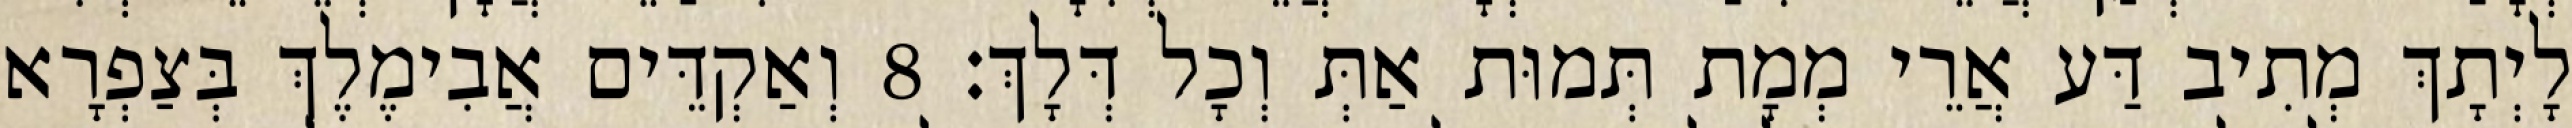
לָיְתָךְ מְתִיב דַּע אֲרֵי מְמָת תְּמוּת אַתְּ וְכָל דְּלָךְ׃ 8 וְאַקְדֵּים אֲבִימֶלֶךְ בְּצַפְרָא